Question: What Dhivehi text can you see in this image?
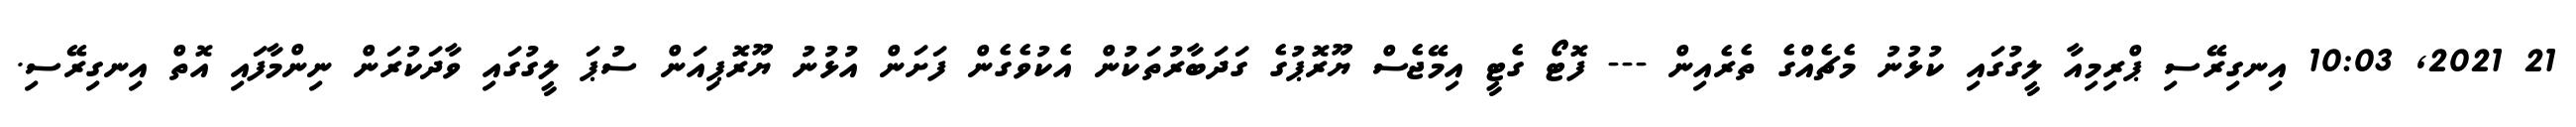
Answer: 21 2021, 10:03 އިނގިރޭސި ޕްރިމިއާ ލީގުގައި ކުޅުނު މެޗެއްގެ ތެރެއިން --- ފޮޓޯ ގެޓީ އިމޭޖެސް ޔޫރޮޕުގެ ގަދަބާރުތަކުން އެކުވެގެން ފަށަން އުޅުނު ޔޫރޮޕިއަން ސުޕަ ލީގުގައި ވާދަކުރަން ނިންމާފައި އޮތް އިނގިރޭސި.